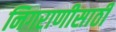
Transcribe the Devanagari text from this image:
निगराणीसाठी